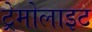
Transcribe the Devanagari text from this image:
ट्रेमोलाइट